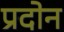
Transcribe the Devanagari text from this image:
प्रदोन